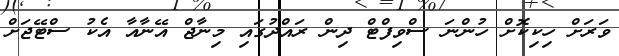
ވަރަށް ހިކިކޮށް ހުންނަ ސްވިފްޓް ދިން ރައްދުގައި މިނާޖް އޭނާއާ އެކު ސްޓޭޖަށް